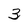
Character: 3